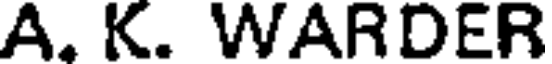
A. K. WARDER